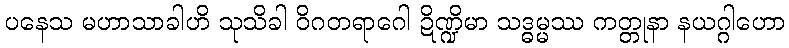
ပနေသ မဟာသာခါဟိ သုသိခါ ဝိဂတရာဂေါ ဍိဏ္ဍိမာ သဒ္ဓမ္မဿ ကတ္တုနာ နယဂ္ဂါဟော